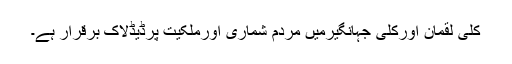
کلی لقمان اورکلی جہانگیرمیں مردم شماری اورملکیت پرڈیڈلاک برقرار ہے۔